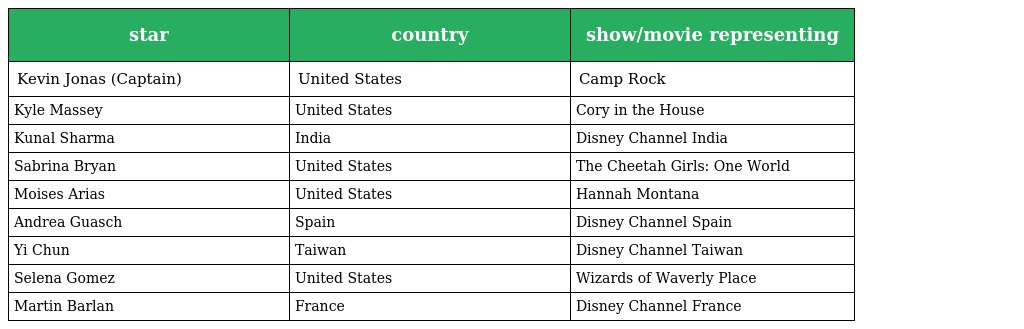
| star | country | show/movie representing |
 | --- | --- | --- |
 | Kevin Jonas (Captain) | United States | Camp Rock |
 | Kyle Massey | United States | Cory in the House |
 | Kunal Sharma | India | Disney Channel India |
 | Sabrina Bryan | United States | The Cheetah Girls: One World |
 | Moises Arias | United States | Hannah Montana |
 | Andrea Guasch | Spain | Disney Channel Spain |
 | Yi Chun | Taiwan | Disney Channel Taiwan |
 | Selena Gomez | United States | Wizards of Waverly Place |
 | Martin Barlan | France | Disney Channel France |